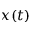
x ( t )